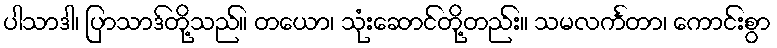
ပါသာဒါ၊ ပြာသာဒ်တို့သည်။ တယော၊ သုံးဆောင်တို့တည်း။ သမလင်္ကတာ၊ ကောင်းစွာ